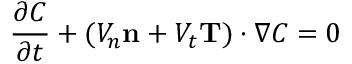
\frac { \partial C } { \partial t } + ( V _ { n } \mathbf { n } + V _ { t } \mathbf { T } ) \cdot \nabla C = 0